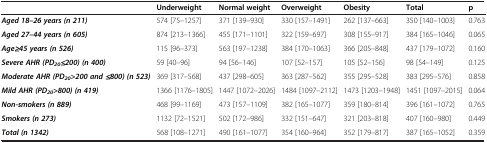
|  | Underweight | Normal weight | Overweight | Obesity | Total | p |
 | --- | --- | --- | --- | --- | --- | --- |
 | Aged 18–26 years (n 211) | 574 [75–1257] | 371 [139–930] | 330 [157–1491] | 262 [137–663] | 350 [140–1003] | 0.763 |
 | Aged 27–44 years (n 605) | 874 [213–1366] | 455 [171–1101] | 322 [159–697] | 308 [155–917] | 384 [165–1046] | 0.065 |
 | Age≥45 years (n 526) | 115 [96–373] | 563 [197–1238] | 384 [170–1063] | 366 [205–848] | 437 [179–1072] | 0.160 |
 | Severe AHR (PD20≤200) (n 400) | 59 [40–96] | 94 [56–146] | 107 [52–157] | 105 [52–156] | 98 [54–149] | 0.125 |
 | Moderate AHR (PD20>200 and ≤800) (n 523) | 369 [317–568] | 437 [298–605] | 363 [287–562] | 355 [295–528] | 383 [295–576] | 0.858 |
 | Mild AHR (PD20>800) (n 419) | 1366 [1176–1805] | 1447 [1072–2026] | 1484 [1097–2112] | 1473 [1203–1948] | 1451 [1097–2015] | 0.064 |
 | Non-smokers (n 889) | 468 [99–1169] | 473 [157–1109] | 382 [165–1077] | 359 [180–814] | 396 [161–1072] | 0.765 |
 | Smokers (n 273) | 1132 [72–1521] | 502 [172–986] | 332 [151–647] | 321 [203–818] | 407 [160–980] | 0.449 |
 | Total (n 1342) | 568 [108–1271] | 490 [161–1077] | 354 [160–964] | 352 [179–817] | 387 [165–1052] | 0.359 |